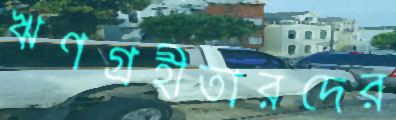
ঋণগ্রহীতারদের